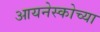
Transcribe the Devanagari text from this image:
आयनेस्कोच्या